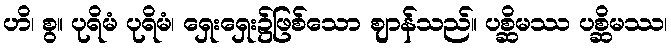
ဟိ၊ စွ။ ပုရိမံ ပုရိမံ၊ ရှေးရှေး၌ဖြစ်သော ဈာန်သည်။ ပစ္ဆိမဿ ပစ္ဆိမဿ၊